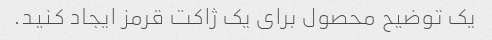
یک توضیح محصول برای یک ژاکت قرمز ایجاد کنید.